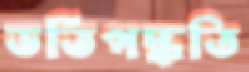
ভর্তিপদ্ধতি